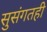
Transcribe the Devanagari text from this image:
सुसंगतही